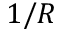
1 / R